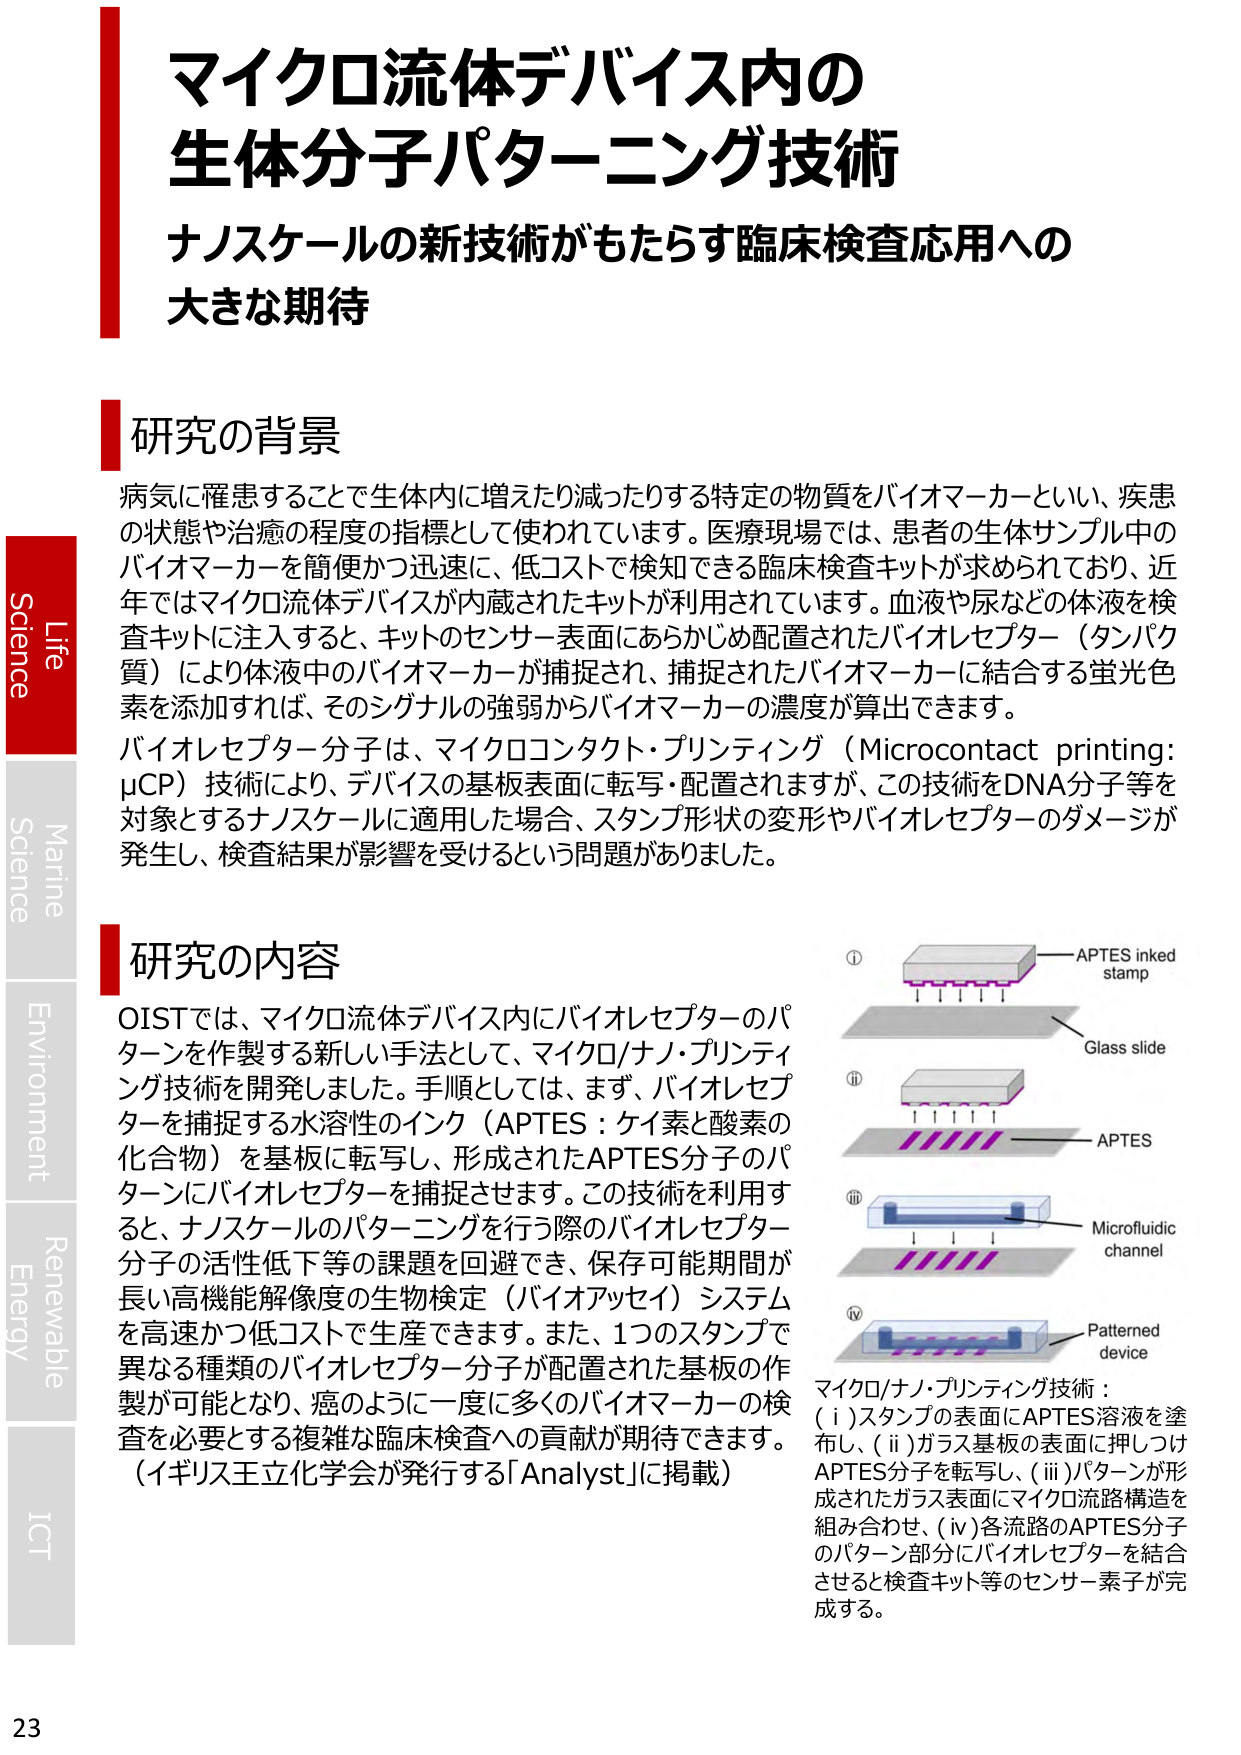
マイクロ流体デバイス内の
生体分子パターニング技術
ナノスケールの新技術がもたらす臨床検査応用への
大きな期待

研究の背景
病気に罹患することで生体内に増えたり減ったりする特定の物質をバイオマーカーといい、疾患の状態や治癒の程度の指標として使われています。医療現場では、患者の生体サンプル中のバイオマーカーを簡便かつ迅速に、低コストで検知できる臨床検査キットが求められており、近年ではマイクロ流体デバイスが内蔵されたキットが利用されています。血液や尿などの体液を検査キットに注入すると、キットのセンサー表面にあらかじめ配置されたバイオレセプター（タンパク質）により体液中のバイオマーカーが捕捉され、捕捉されたバイオマーカーに結合する蛍光色素を添加すれば、そのシグナルの強弱からバイオマーカーの濃度が算出できます。
バイオレセプター分子は、マイクロコンタクト・プリンティング（Microcontact printing: μCP）技術により、デバイスの基板表面に転写・配置されますが、この技術をDNA分子等を対象とするナノスケールに適用した場合、スタンプ形状の変形やバイオレセプターのダメージが発生し、検査結果が影響を受けるという問題がありました。

研究の内容
OISTでは、マイクロ流体デバイス内にバイオレセプターのパターンを作製する新しい手法として、マイクロ/ナノ・プリンティング技術を開発しました。手順としては、まず、バイオレセプターを捕捉する水溶性のインク（APTES：ケイ素と酸素の化合物）を基板に転写し、形成されたAPTES分子のパターンにバイオレセプターを捕捉させます。この技術を利用すると、ナノスケールのパターニングを行う際のバイオレセプター分子の活性低下等の課題を回避でき、保存可能期間が長い高機能解像度の生物検定（バイオアッセイ）システムを高速かつ低コストで生産できます。また、1つのスタンプで異なる種類のバイオレセプター分子が配置された基板の作製が可能となり、癌のように一度に多くのバイオマーカーの検査を必要とする複雑な臨床検査への貢献が期待できます。（イギリス王立化学会が発行する「Analyst」に掲載）

① APTES inked stamp
Glass slide
② APTES
③ Microfluidic channel
④ Patterned device

マイクロ/ナノ・プリンティング技術：
（i）スタンプの表面にAPTES溶液を塗布し、（ii）ガラス基板の表面に押しつけAPTES分子を転写し、（iii）パターンが形成されたガラス表面にマイクロ流路構造を組み合わせ、（iv）各流路のAPTES分子のパターン部分にバイオレセプターを結合させると検査キット等のセンサー素子が完成する。

Life
Science
Marine
Science
Environment
Renewable
Energy
ICT
23